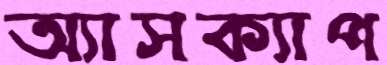
অ্যাসক্যাপ